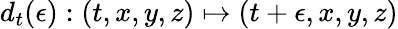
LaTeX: d_{t}(\epsilon):(t,x,y,z)\mapsto(t+\epsilon,x,y,z)